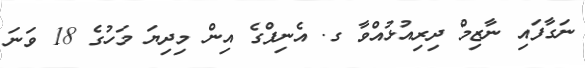
ނަގާފައި ނާޒިމް ދިރިއުޅުއްވާ ގ. އެނިފްގެ އިން މިދިޔަ މަހުގެ 18 ވަނަ